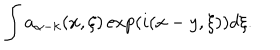
LaTeX: \int a _ { \alpha - k } ( x , \xi ) \exp ( i ( x - y , \xi ) ) d \xi .